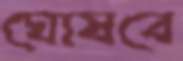
ঘোষবে